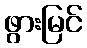
ဖွားမြင်